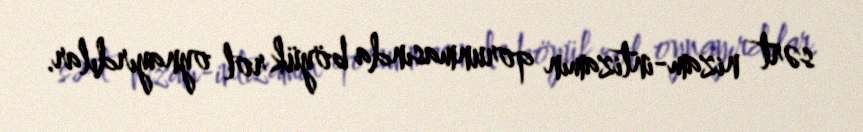
sərt nizam-intizamın qorunmasında böyük rol oynayırdılar.